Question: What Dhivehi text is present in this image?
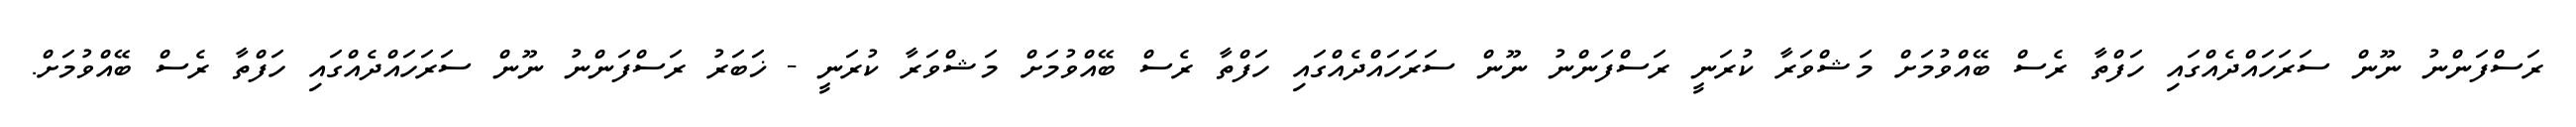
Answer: ރަސްފަންނު ނޫން ސަރަހައްދެއްގައި ހަފްތާ ރެސް ބޭއްވުމަށް މަޝްވަރާ ކުރަނީ ރަސްފަންނު ނޫން ސަރަހައްދެއްގައި ހަފްތާ ރެސް ބޭއްވުމަށް މަޝްވަރާ ކުރަނީ - ޚަބަރު ރަސްފަންނު ނޫން ސަރަހައްދެއްގައި ހަފްތާ ރެސް ބޭއްވުމަށް.